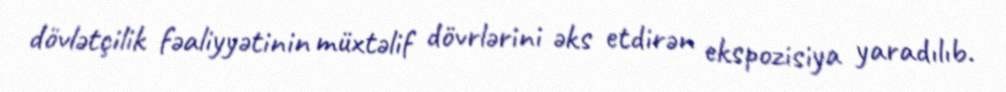
dövlətçilik fəaliyyətinin müxtəlif dövrlərini əks etdirən ekspozisiya yaradılıb.